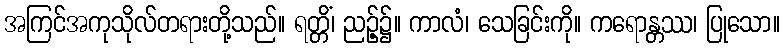
အကြင်အကုသိုလ်တရားတို့သည်။ ရတ္တိံ၊ ညဉ့်၌။ ကာလံ၊ သေခြင်းကို။ ကရောန္တဿ၊ ပြုသော။